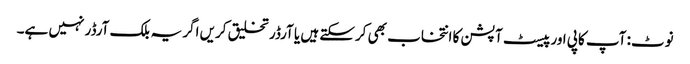
نوٹ: آپ کاپی اور پیسٹ آپشن کا انتخاب بھی کرسکتے ہیں یا آرڈر تخلیق کریں اگر یہ بلک آرڈر نہیں ہے۔